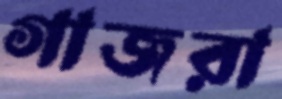
গাজরা